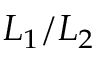
L _ { 1 } / L _ { 2 }